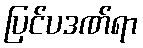
ပြင်ပဒဏ်ရာ